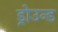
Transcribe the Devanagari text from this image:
ड्रोउन्ड